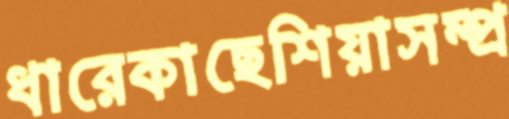
ধারেকাছেশিয়াসম্প্র